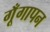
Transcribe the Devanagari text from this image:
गूँगापन